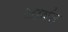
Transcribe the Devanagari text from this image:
लावंट